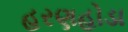
હરણહોડા